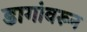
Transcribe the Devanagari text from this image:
डागांवरून